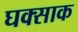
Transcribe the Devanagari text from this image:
घक्साक